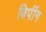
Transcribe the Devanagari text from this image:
बिपींग